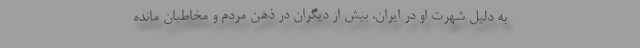
به دلیل شهرت او در ایران، بیش از دیگران در ذهن مردم و مخاطبان مانده